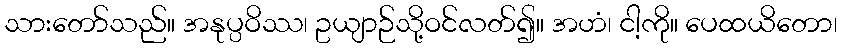
သားတော်သည်။ အနုပ္ပဝိဿ၊ ဥယျာဉ်သို့ဝင်လတ်၍။ အဟံ၊ ငါ့ကို။ ပေထယိတော၊